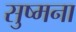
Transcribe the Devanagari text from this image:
सुष्मना